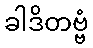
ခါဒိတဗ္ဗံ